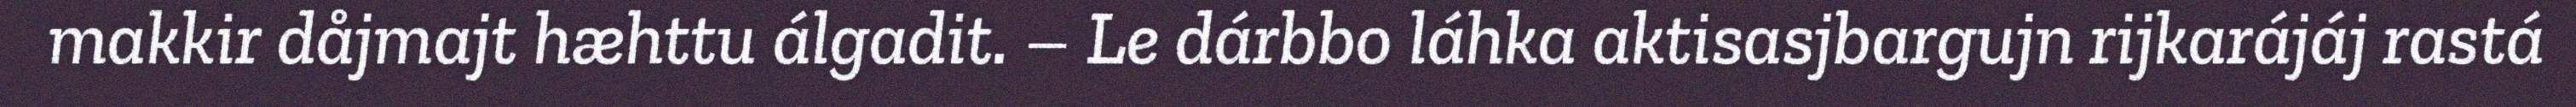
makkir dåjmajt hæhttu álgadit. – Le dárbbo láhka aktisasjbargujn rijkarájáj rastá